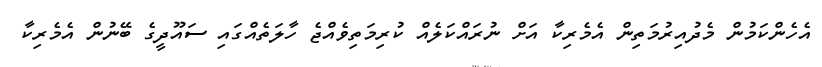
އެހެންކަމުން މެދުއިރުމަތިން އެމެރިކާ އަށް ނުރައްކަލެއް ކުރިމަތިވެއްޖެ ހާލަތެއްގައި ސައޫދީގެ ބޭނުން އެމެރިކާ